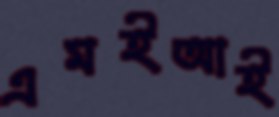
এমইআই